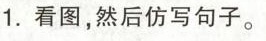
1.看图，然后仿写句子。